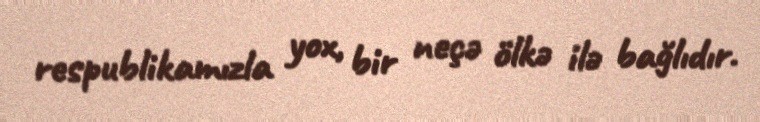
respublikamızla yox, bir neçə ölkə ilə bağlıdır.